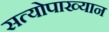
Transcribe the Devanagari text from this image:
सत्योपाख्यान